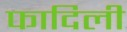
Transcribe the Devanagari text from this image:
फादिली